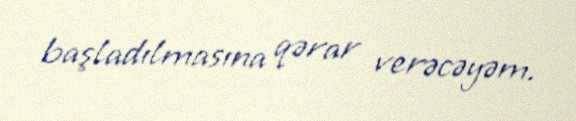
başladılmasına qərar verəcəyəm.